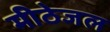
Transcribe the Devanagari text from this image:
मीठेजल